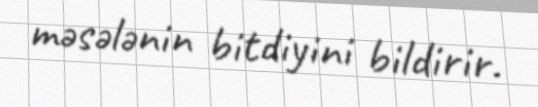
məsələnin bitdiyini bildirir.